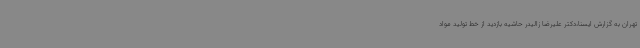
تهران به گزارش ایسنا،دکتر علیرضا زالیدر حاشیه بازدید از خط تولید مواد